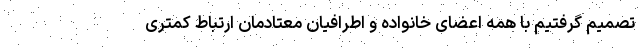
تصمیم گرفتیم با همه اعضای خانواده و اطرافیان معتادمان ارتباط کمتری